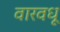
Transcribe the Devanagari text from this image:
वारवधू